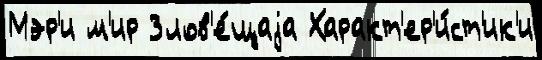
Мэр'и м'ир Злов'е́щаjа Характ'ер'и́ст'ик'и